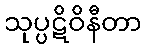
သုပ္ပဋိဝိနီတာ